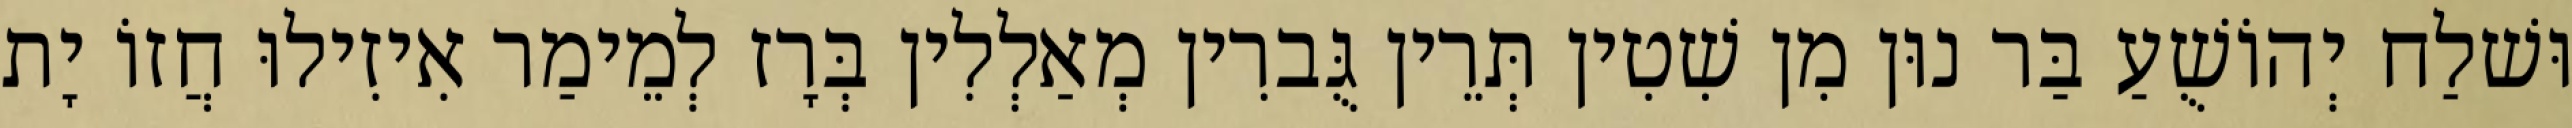
וּשׁלַח יְהוֹשֻׁעַ בַּר נוּן מִן שִׁטִין תְּרֵין גֻּברִין מְאַלְלִין בְּרָז לְמֵימַר אִיזִילוּ חֲזוֹ יָת